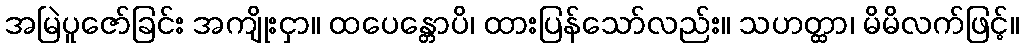
အမြဲပူဇော်ခြင်း အကျိုးငှာ။ ထပေန္တောပိ၊ ထားပြန်သော်လည်း။ သဟတ္ထာ၊ မိမိလက်ဖြင့်။